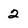
Character: 2